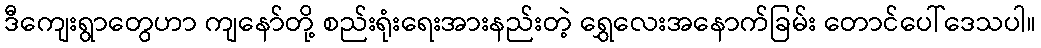
ဒီကျေးရွာတွေဟာ ကျနော်တို့ စည်းရုံးရေးအားနည်းတဲ့ ရွှေလေးအနောက်ခြမ်း တောင်ပေါ်ဒေသပါ။